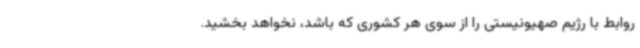
روابط با رژیم صهیونیستی را از سوی هر کشوری که باشد، نخواهد بخشید.